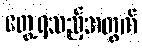
တွေ့ရသည့်အတွက်